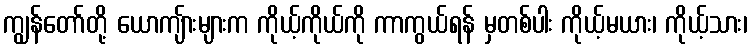
ကျွန်တော်တို့ ယောကျ်ားများက ကိုယ့်ကိုယ်ကို ကာကွယ်ရန် မှတစ်ပါး ကိုယ့်မယား၊ ကိုယ့်သား၊